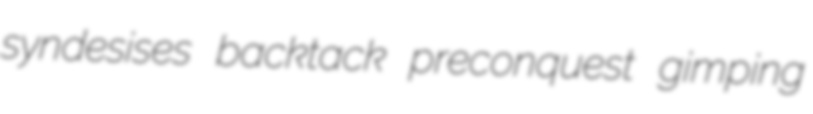
syndesises backtack preconquest gimping